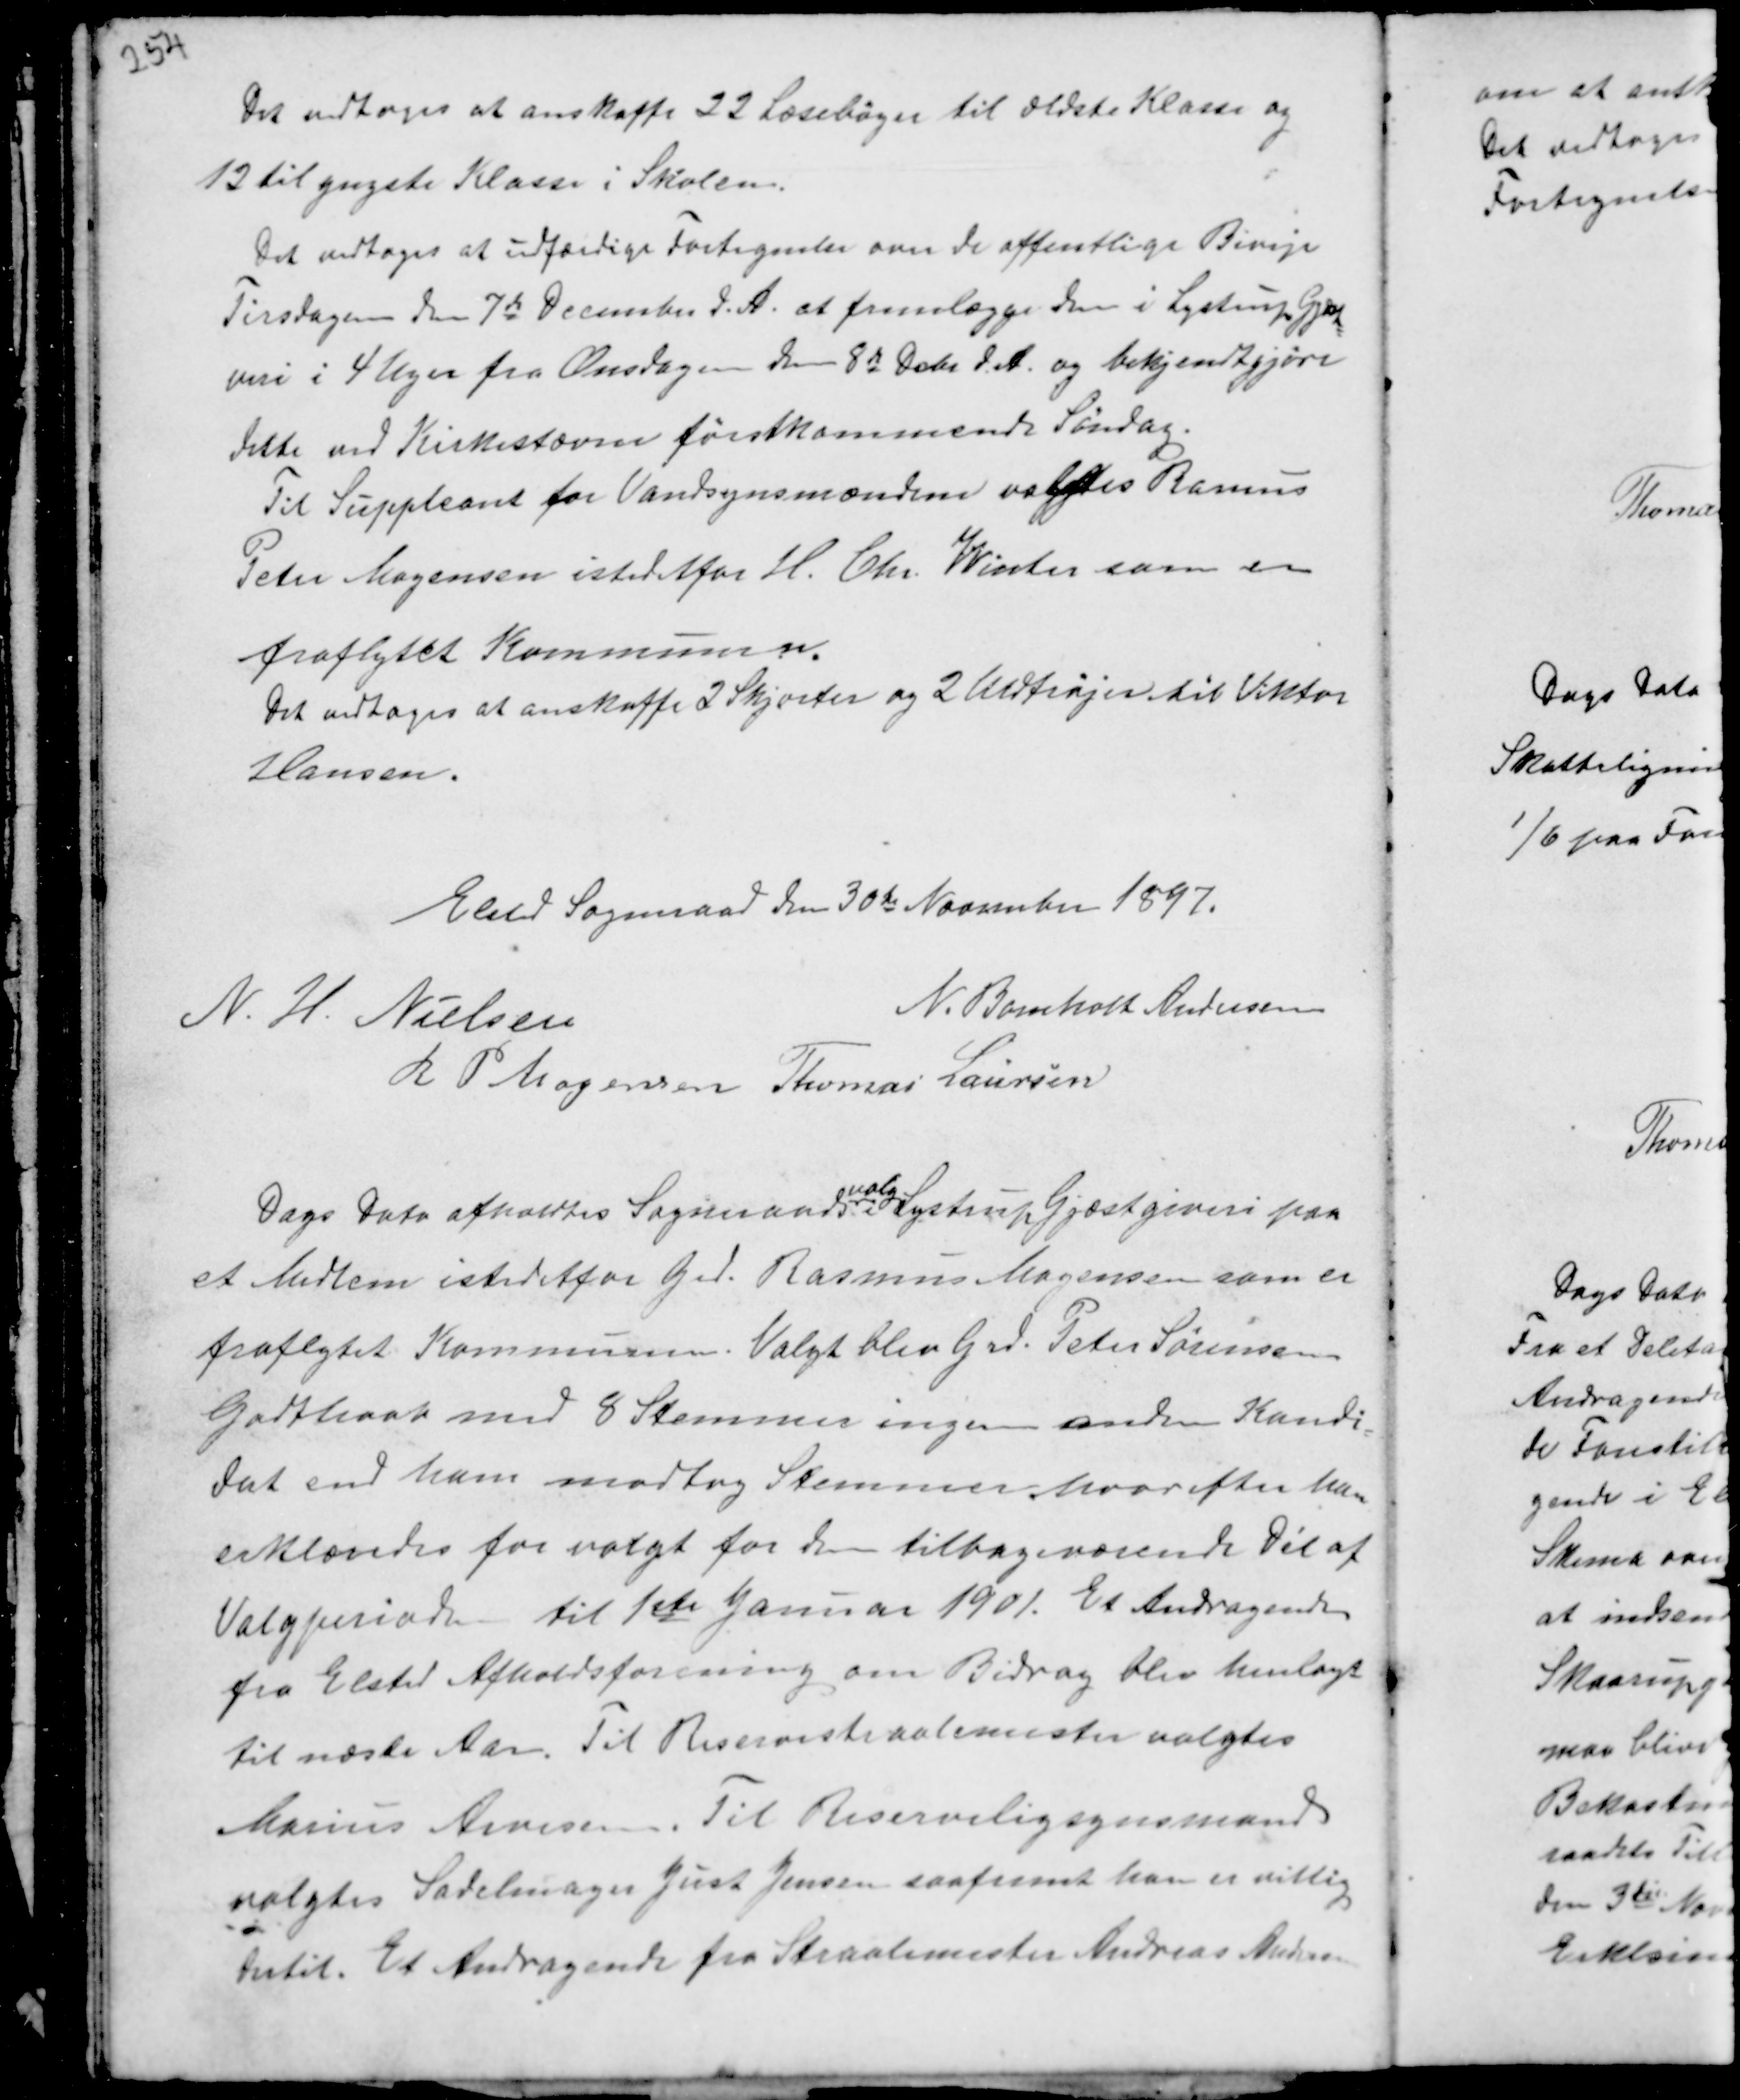
Transskription:
Det vedtoges at anskaffe 22 Læsebøger til ældste Klasse og
12 til yngste Klasse i Skolen.
Det vedtoges at udfærdige Fortegnelser over de offentlige Biveje
Tirsdagen den 7de December d.A. at fremlægge dem i Lystrup Gjæst-
veri i 4 Uger fra Onsdagen den 8de Dcbr d.A. og bekjendtgjøre
dette ved Kirkestævne førstkommende Søndag.
Til Suppleant for Vandsynsmændene valgtes Rasmus
Peter Mogensen istedetfor H. Chr. Winter som er
fraflyttet Kommunen.
Det vedtoges at anskaffe 2 Skjorter og 2 Uldtrøjer til Viktor
Hansen.

Elsted Sogneraad den 30te November 1897.
N. H. Nielsen
N. Bomholt Andersen
R P Mogensen Thomas Laursen

Dags Dato afholdtes Sogneraads
valg
i Lystrup Gjæstgiveri paa
et Medlem istedetfor Grd. Rasmus Mogensen som er
fraflytet Kommunen. Valgt blev Grd. Peter Sørensen
Godthaab med 8 Stemmer ingen anden Kandi-
dat end ham modtog Stemmer hvorefter han
erklæredes for valgt for den tilbageværende Del af
Valgperioden til 1ste Januar 1901. Et Andragende
fra Elsted Afholdsforening om Bidrag blev henlagt
til næste Aar. Til Reservestraalemester valgtes
Marius Arvesen. Til Reserveligsynsmand
valgtes Sadelmager Just Jensen saafremt han er villig
hertil. Et Andragende fra Straalemester Andreas Andersen